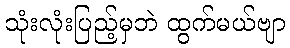
သုံးလုံးပြည့်မှဘဲ ထွက်မယ်ဗျာ